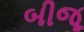
બીજૂ